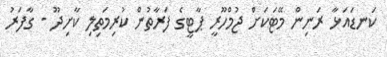
ކަނޑައަޅާ ރަނިން މޭޓަކަށް ޖުމްހޫރީ ޕާޓީގެ ފަރާތުން ކުރިމަތިލި ކާށިދޫ - ގާފަރު